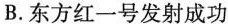
B.东方红一号发射成功